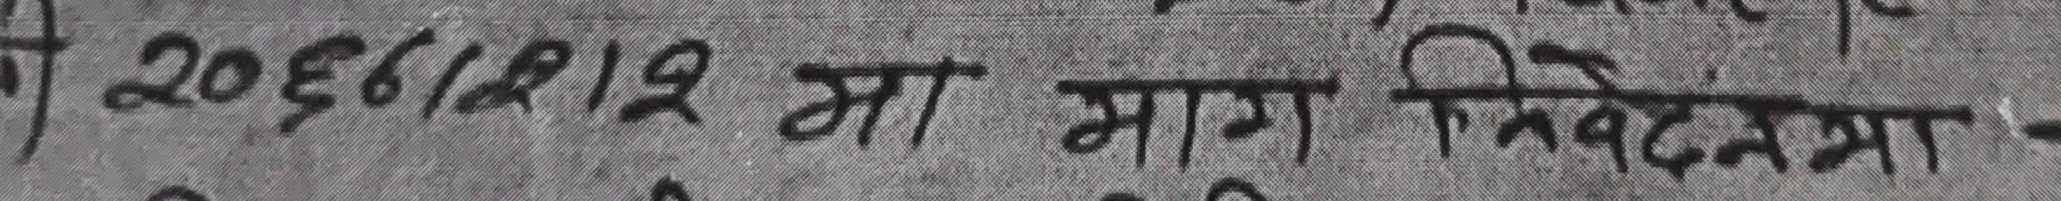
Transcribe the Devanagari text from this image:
२०६१२१९ मा माग निवेदनमा